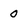
Character: O